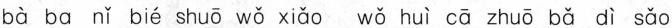
bà ba nǐ bié shuō wǒ xiǎo wǒ huì cā zhuō bǎ dì sǎo